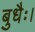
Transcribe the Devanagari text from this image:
बुधैः।